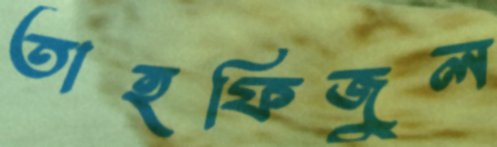
তাহফিজুল